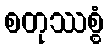
စတုဿစ္စံ